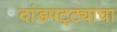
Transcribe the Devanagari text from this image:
दांडपट्ट्याचा